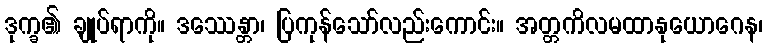
ဒုက္ခ၏ ချုပ်ရာကို။ ဒဿေန္တာ၊ ပြကုန်သော်လည်းကောင်း။ အတ္တကိလမထာနုယောဂေန၊